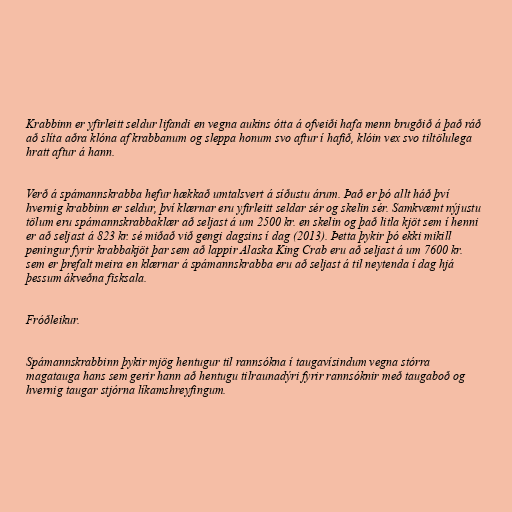
Krabbinn er yfirleitt seldur lifandi en vegna aukins ótta á ofveiði hafa menn brugðið á það ráð
að slíta aðra klóna af krabbanum og sleppa honum svo aftur í hafið, klóin vex svo tiltölulega
hratt aftur á hann.

Verð á spámannskrabba hefur hækkað umtalsvert á síðustu árum. Það er þó allt háð því
hvernig krabbinn er seldur, því klærnar eru yfirleitt seldar sér og skelin sér. Samkvæmt nýjustu
tölum eru spámannskrabbaklær að seljast á um 2500 kr. en skelin og það litla kjöt sem í henni
er að seljast á 823 kr. sé miðað við gengi dagsins í dag (2013). Þetta þykir þó ekki mikill
peningur fyrir krabbakjöt þar sem að lappir Alaska King Crab eru að seljast á um 7600 kr.
sem er þrefalt meira en klærnar á spámannskrabba eru að seljast á til neytenda í dag hjá
þessum ákveðna fisksala.

Fróðleikur.

Spámannskrabbinn þykir mjög hentugur til rannsókna í taugavísindum vegna stórra
magatauga hans sem gerir hann að hentugu tilraunadýri fyrir rannsóknir með taugaboð og
hvernig taugar stjórna líkamshreyfingum.